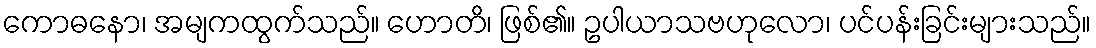
ကောဓနော၊ အမျကထွက်သည်။ ဟောတိ၊ ဖြစ်၏။ ဥပါယာသဗဟုလော၊ ပင်ပန်းခြင်းများသည်။